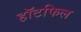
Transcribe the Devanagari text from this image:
हॉटफिल